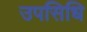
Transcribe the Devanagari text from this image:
उपसिधि